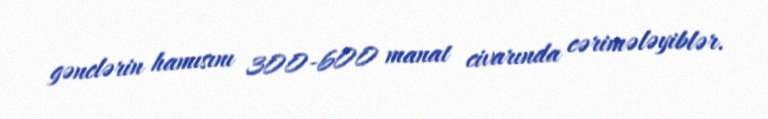
gənclərin hamısını 300-600 manat civarında cərimələyiblər.